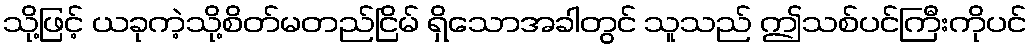
သို့ဖြင့် ယခုကဲ့သို့စိတ်မတည်ငြိမ် ရှိသောအခါတွင် သူသည် ဤသစ်ပင်ကြီးကိုပင်